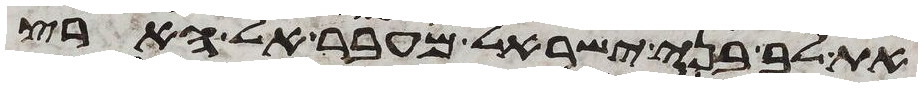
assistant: את לב בני ישראל מעבר אל הארץ